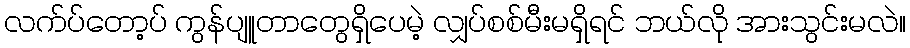
လက်ပ်တော့ပ် ကွန်ပျူတာတွေရှိပေမဲ့ လျှပ်စစ်မီးမရှိရင် ဘယ်လို အားသွင်းမလဲ။